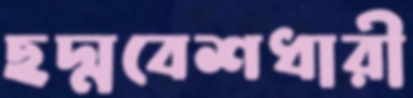
ছদ্মবেশধারী